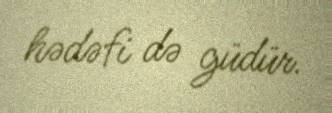
hədəfi də güdür.